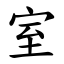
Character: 室